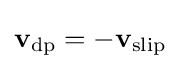
{\bf {v}}_{\text{dp}}=-{\bf {v}}_{\text{slip}}